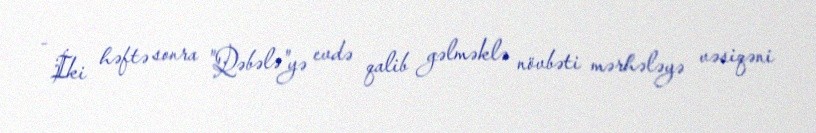
- İki həftə sonra "Qəbələ"yə evdə qalib gəlməklə növbəti mərhələyə vəsiqəni